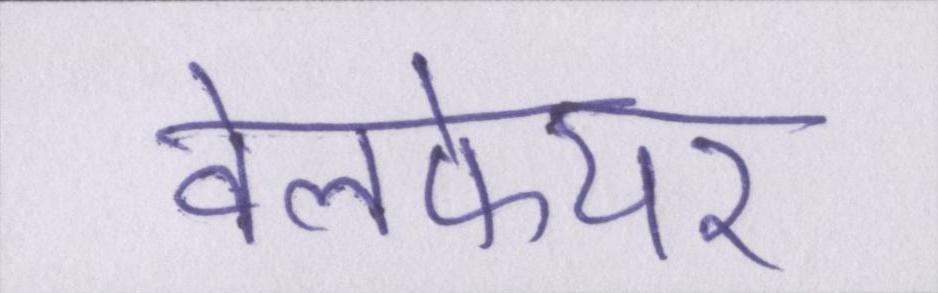
वेलफेयर